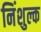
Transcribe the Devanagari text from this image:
निंशुल्क